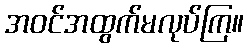
အဝင်အထွက်မလုပ်ကြ။